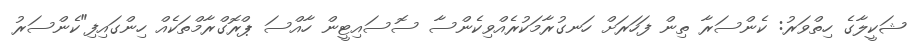
ޝަކީލާގެ ހިތްވަރު: ކެންސަރާ ތިން ފަހަރަށް ހަނގުރާމަކުރެއްވިކެންސާ ސޮސައިޓީން ހާއްސަ ޕްރޮގްރާމްތަކެއް ހިންގައިފި"ކެންސަރު